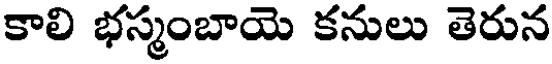
కాలి భస్మంబాయె కనులు తెరున